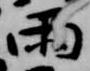
雨